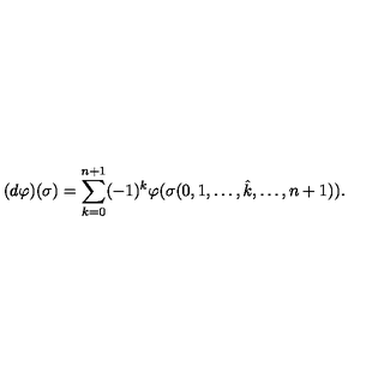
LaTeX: ( d \varphi ) ( \sigma ) = \sum _ { k = 0 } ^ { n + 1 } ( - 1 ) ^ { k } \varphi ( \sigma ( 0 , 1 , \dots , \hat { k } , \dots , n + 1 ) ) .